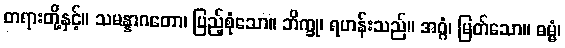
တရားတို့နှင့်။ သမန္နာဂတော၊ ပြည့်စုံသော။ ဘိက္ခု၊ ရဟန်းသည်။ အဂ္ဂံ၊ မြတ်သော။ ဓမ္မံ၊